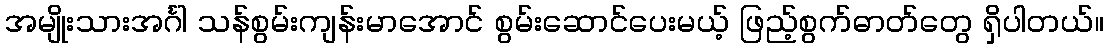
အမျိုးသားအင်္ဂါ သန်စွမ်းကျန်းမာအောင် စွမ်းဆောင်ပေးမယ့် ဖြည့်စွက်ဓာတ်တွေ ရှိပါတယ်။